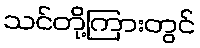
သင်တို့ကြားတွင်